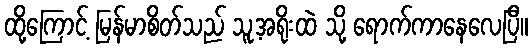
ထို့ကြောင့် မြန်မာစိတ်သည် သူ့အရိုးထဲ သို့ ရောက်ကာနေလေပြီ။